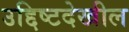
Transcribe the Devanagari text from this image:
उद्दिष्टदेखील